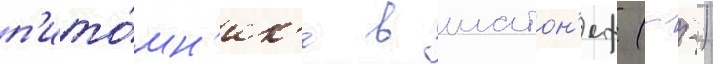
п'ито́мн'ик'е в шатон'еф (--)